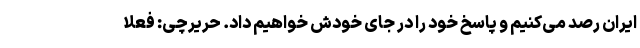
ایران رصد می‌کنیم و پاسخ خود را در جای خودش خواهیم داد. حریرچی: فعلا